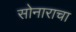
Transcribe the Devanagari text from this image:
सोनाराचा